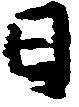
日